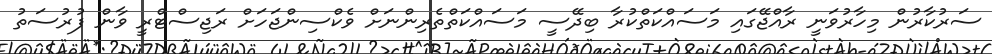
ސަރުކާރުން މިހާރުވަނީ ރާއްޖޭގައި މަސައްކަތްކުރާ ބިދޭސީ މަސައްކަތްތެރިންނަށް ވެކްސިންޖަހަށް ރަޖިސްޓްރީ ވާން ފުރުސަތު